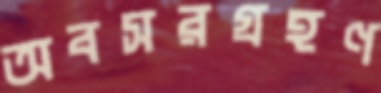
অবসরগ্রহণ